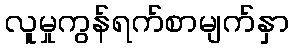
လူမှုကွန်ရက်စာမျက်နှာ